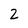
Character: 2